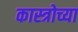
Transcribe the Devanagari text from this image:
कास्त्रोच्या